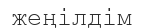
жеңілдім